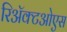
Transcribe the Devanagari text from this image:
रिअॅक्टओएस